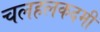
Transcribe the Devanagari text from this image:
चलहलकदमी